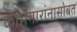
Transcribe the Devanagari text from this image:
कामगारांनासोबत